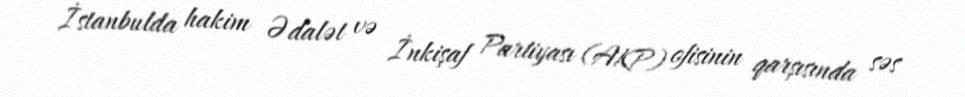
İstanbulda hakim Ədalət və İnkişaf Partiyası (AKP) ofisinin qarşısında səs